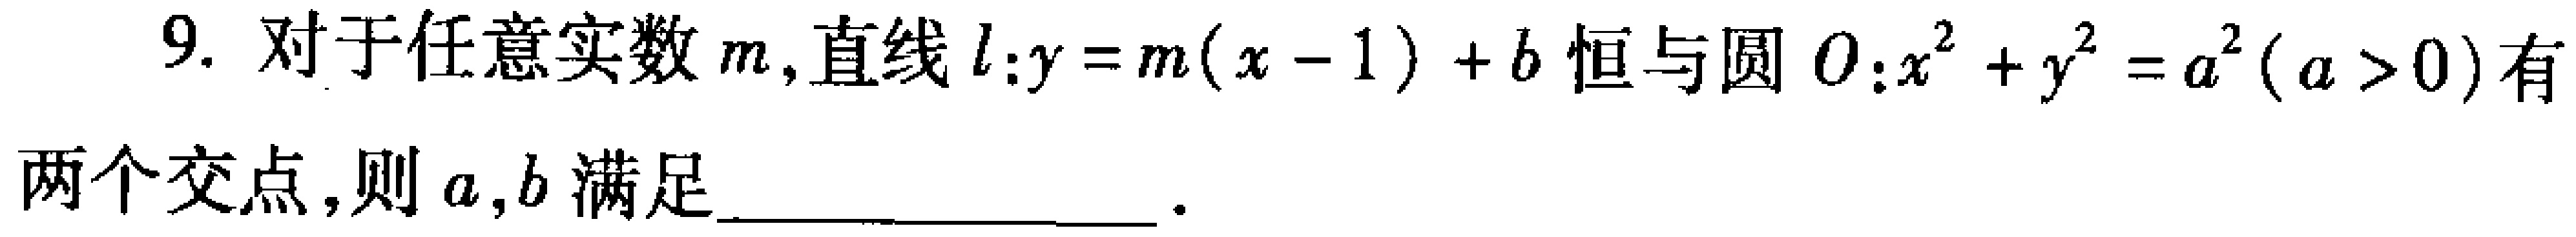
9. 对于任意实数\(m\)，直线\(l:y = m(x - 1)+b\)恒与圆\(O:x^{2}+y^{2}=a^{2}(a > 0)\)有两个交点，则\(a,b\)满足_________________.